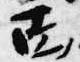
面